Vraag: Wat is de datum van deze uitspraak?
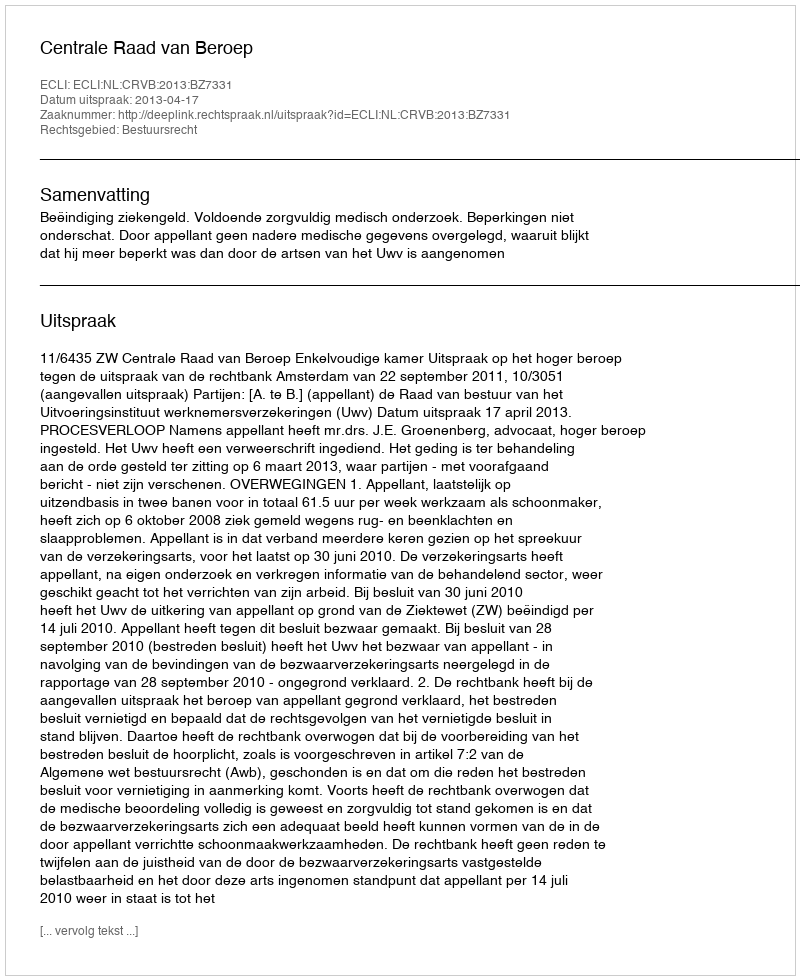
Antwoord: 2013-04-17